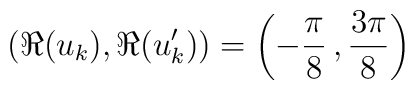
\left(\Re(u_k),\Re(u_k')\right)=\left(-\frac{\pi}{8}\,,\frac{3\pi}{8}\right)